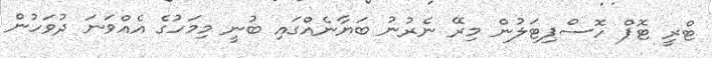
ޓްރީ ޓޮޕް ހޮސްޕިޓަލުން މިރޭ ނެރުނު ބަޔާނެއްގައި ބުނީ މިމަހުގެ އެއްވަނަ ދުވަހުން